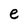
Character: e